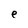
Character: e